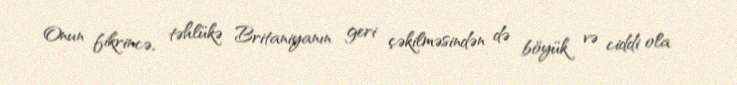
Onun fikrincə, təhlükə Britaniyanın geri çəkilməsindən də böyük və ciddi ola